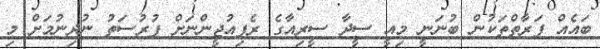
ބައެއް ފަރާތްތަކުން ބުނަނީ މިއީ ސީދާ ސީރިއާގެ ރެފިއުޖީންނަށް ފުރުސަތު ނުދިނުމަށް މި